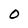
Character: 0